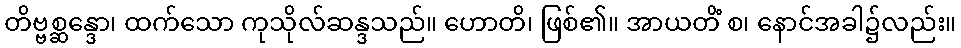
တိဗ္ဗစ္ဆန္ဒော၊ ထက်သော ကုသိုလ်ဆန္ဒသည်။ ဟောတိ၊ ဖြစ်၏။ အာယတိံ စ၊ နောင်အခါ၌လည်း။